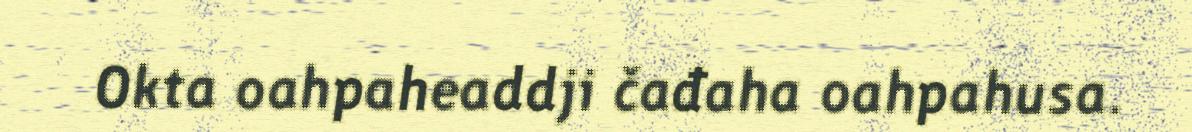
Okta oahpaheaddji čađaha oahpahusa.